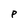
Character: P